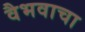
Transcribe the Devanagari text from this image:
वैभवाचा